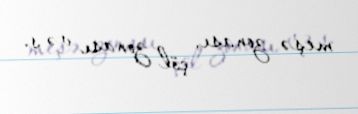
meşə zonası, çöl zonası və s.